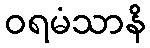
ဝရမံသာနိ